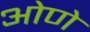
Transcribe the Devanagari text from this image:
ओणे